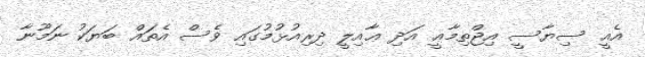
އެއީ ސިޔާސީ އިޖްތިމާޢީ އަދި ޢާއިލީ ދިރިއުޅުމުގައި ވެސް އެތައް ބަޔަކު ނަމޫނާ